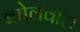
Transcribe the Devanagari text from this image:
बघेलवाल